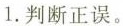
1.判断正误。